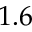
1 . 6